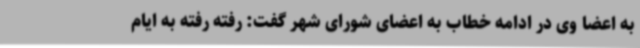
به اعضا وی در ادامه خطاب به اعضای شورای شهر گفت: رفته رفته به ایام